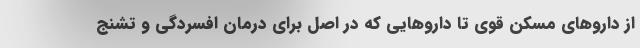
از داروهای مسکن قوی تا داروهایی که در اصل برای درمان افسردگی و تشنج